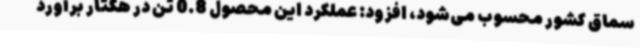
سماق کشور محسوب می‌شود، افزود: عملکرد این محصول 0.8 تن در هکتار برآورد